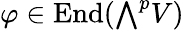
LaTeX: \varphi\in\operatorname{End}({\textstyle\bigwedge}^{p}V)